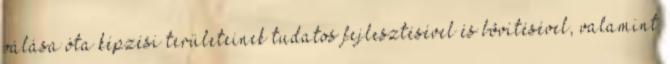
válása óta képzési területeinek tudatos fejlesztésével és bõvítésével, valamint